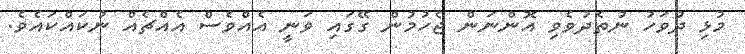
މުޅި ދުވަހު ނުތެދުވެވި އޮންނަން ޖެހުމުން ގޭގައި ވަނީ އެއްވެސް އެއްޗެއް ނުކައްކައެވެ.